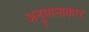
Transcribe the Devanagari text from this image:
अनुमानाकार